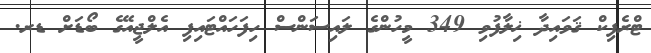
ޓްރެފިކް ޤަވައިދާ ޚިލާފުވި 349 މީހުންގެ ލައިސަންސް ހިފަހައްޓައިފި އެލްޖީއޭގެ ބޯޑަށް ޑރ.